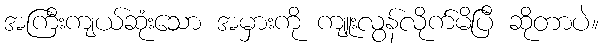
အကြီးကျယ်ဆုံးသော အမှားကို ကျူးလွန်လိုက်မိပြီ ဆိုတာပဲ။